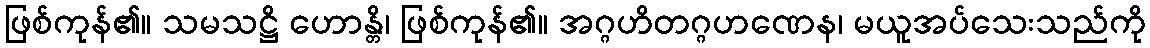
ဖြစ်ကုန်၏။ သမသဋ္ဌိ ဟောန္တိ၊ ဖြစ်ကုန်၏။ အဂ္ဂဟိတဂ္ဂဟဏေန၊ မယူအပ်သေးသည်ကို